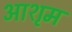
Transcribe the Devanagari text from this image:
आशृम